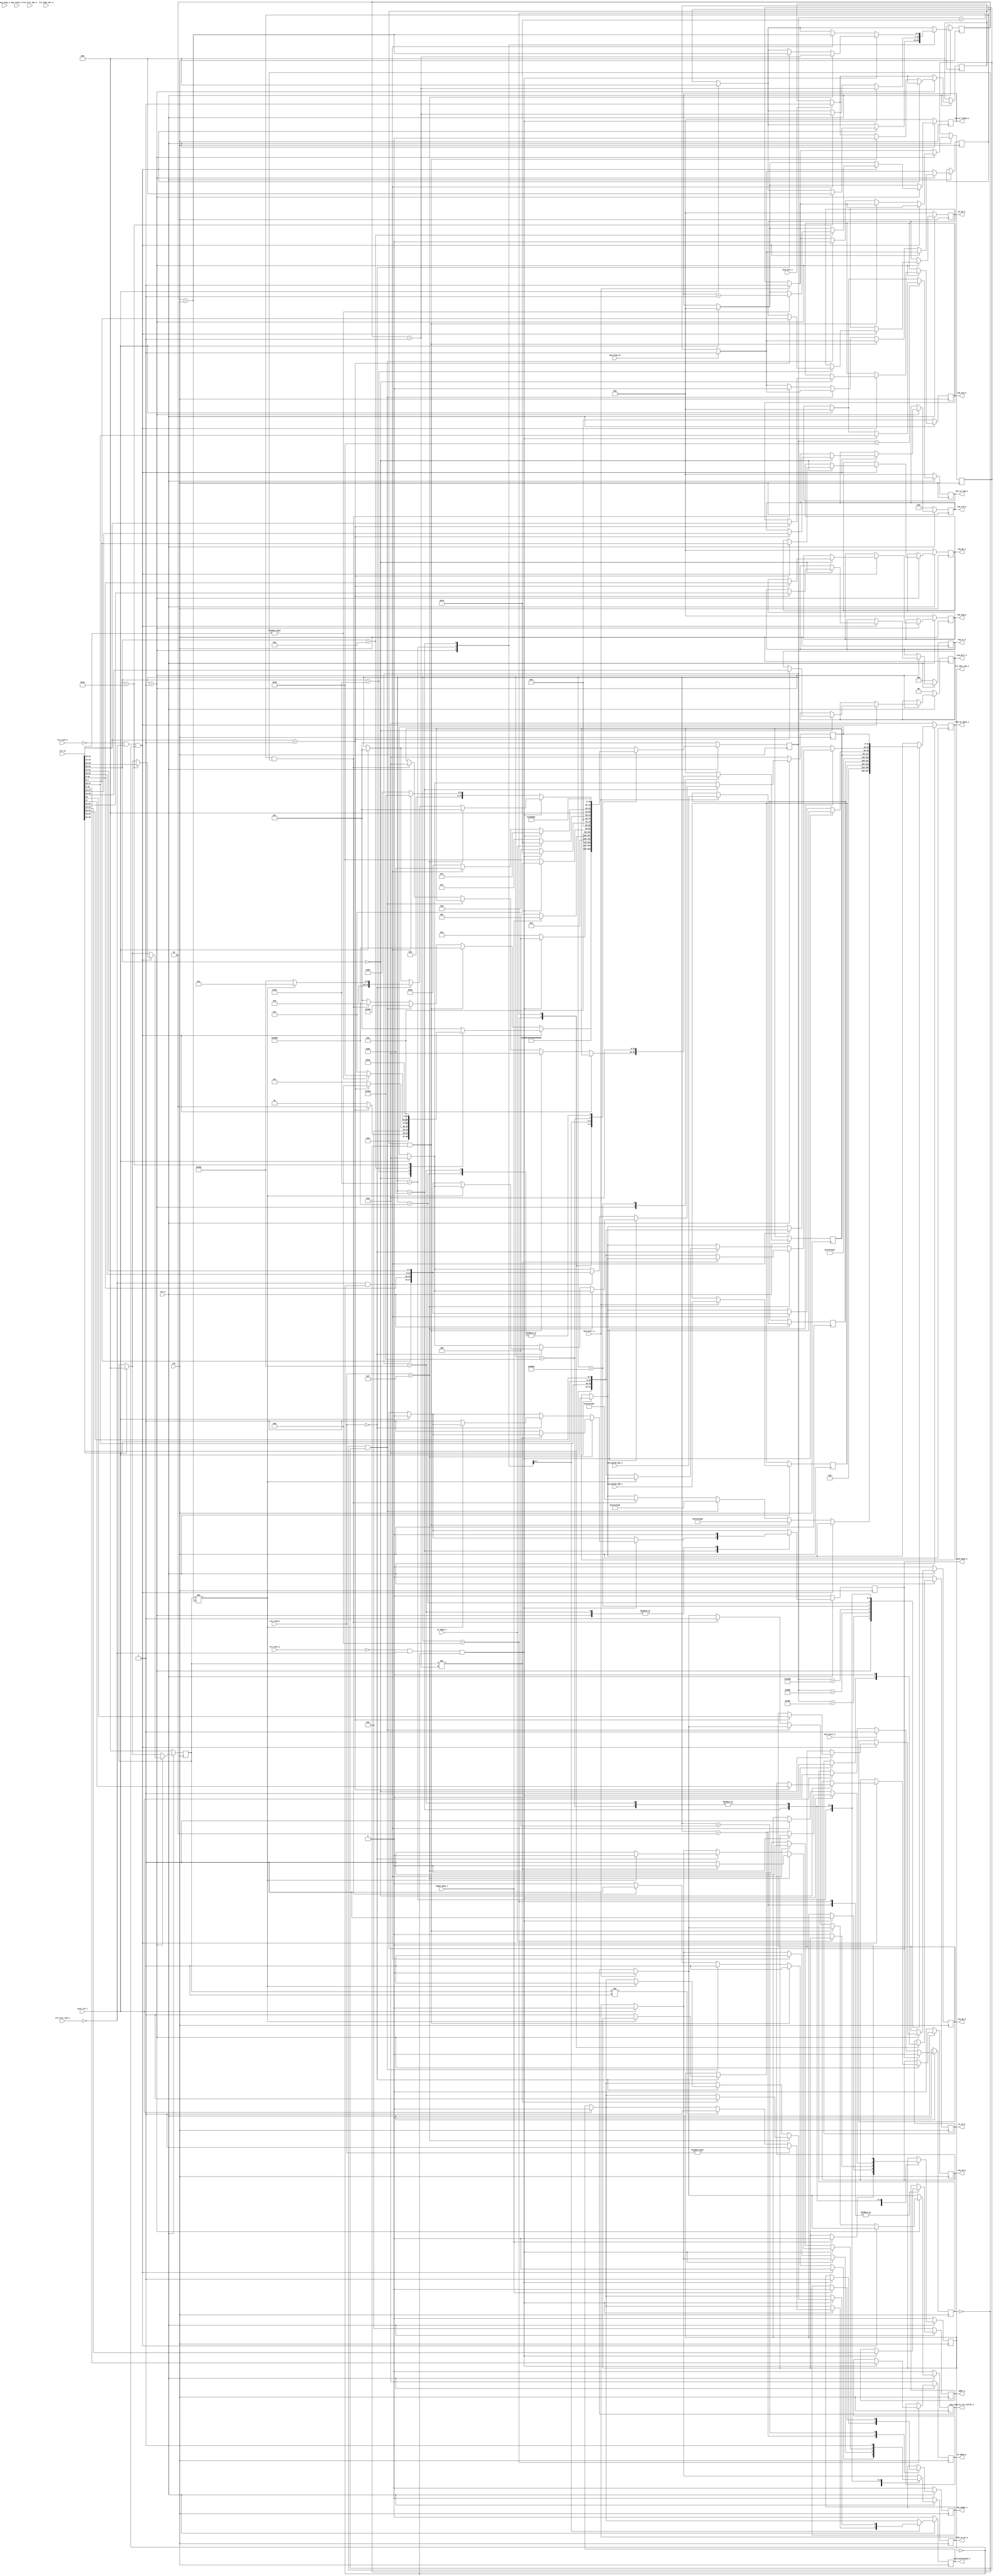
//--------------------------------------------------------------------------------
//--
//-- This file is owned and controlled by Xilinx and must be used solely
//-- for design, simulation, implementation and creation of design files
//-- limited to Xilinx devices or technologies. Use with non-Xilinx
//-- devices or technologies is expressly prohibited and immediately
//-- terminates your license.
//--
//-- Xilinx products are not intended for use in life support
//-- appliances, devices, or systems. Use in such applications is
//-- expressly prohibited.
//--
//--            **************************************
//--            ** Copyright (C) 2005, Xilinx, Inc. **
//--            ** All Rights Reserved.             **
//--            **************************************
//--
//--------------------------------------------------------------------------------
//-- Filename: BMD_64_RX_ENGINE.v
//--
//-- Description: 64 bit Local-Link Receive Unit.
//--
//--------------------------------------------------------------------------------

`timescale 1ns/1ns

`define BMD_64_RX_RST            			15'b000000000000001
`define BMD_64_RX_MEM_RD32_QW1   			15'b000000000000010
`define BMD_64_RX_MEM_RD32_WT    			15'b000000000000100
`define BMD_64_RX_MEM_WR32_QW1   			15'b000000000001000
`define BMD_64_RX_MEM_WR32_WT    			15'b000000000010000
`define BMD_64_RX_CPL_QW1        			15'b000000000100000
`define BMD_64_RX_CPLD_QW1       			15'b000000001000000
`define BMD_64_RX_CPLD_QWN       			15'b000000010000000
`define BMD_64_RX_CPLD_QWN_2ND   			15'b000000100000000
`define BMD_64_RX_CPLD_QWN_LAST  			15'b000001000000000

`define BMD_64_RX_SEND_PET_PROTOCOL_L  	15'b000010000000000
`define BMD_64_RX_SEND_PET_PROTOCOL_DW0   15'b000100000000000
`define BMD_64_RX_SEND_PET_PROTOCOL_DW1  	15'b001000000000000
`define BMD_64_RX_SEND_PET_START			   15'b010000000000000
`define BMD_64_RX_SEND_PET_CMD			   15'b100000000000000
`define BMD_WR_FIFO_STATE_RST 			   15'b100000000000001
`define BMD_64_RX_SEND_PET_LENGTH		   15'b100000000000010

`define BMD_MEM_RD32_FMT_TYPE    7'b00_00000
`define BMD_MEM_WR32_FMT_TYPE    7'b10_00000
`define BMD_CPL_FMT_TYPE         7'b00_01010
`define BMD_CPLD_FMT_TYPE        7'b10_01010

module BMD_RX_ENGINE (

                        clk,
                        rst_n,

                        /*
                         * Initiator reset
                         */

                        init_rst_i,

                        /*
                         * Receive local link interface from PCIe core
                         */
                    
                        trn_rd,  
                        trn_rrem_n,
                        trn_rsof_n,
                        trn_reof_n,
                        trn_rsrc_rdy_n,
                        trn_rsrc_dsc_n,
                        trn_rdst_rdy_n,
                        trn_rbar_hit_n,

                        /*
                         * Memory Read data handshake with Completion 
                         * transmit unit. Transmit unit reponds to 
                         * req_compl assertion and responds with compl_done
                         * assertion when a Completion w/ data is transmitted. 
                         */

                        req_compl_o,
                        compl_done_i,

                        addr_o,                    // Memory Read Address

                        req_tc_o,                  // Memory Read TC
                        req_td_o,                  // Memory Read TD
                        req_ep_o,                  // Memory Read EP
                        req_attr_o,                // Memory Read Attribute
                        req_len_o,                 // Memory Read Length (1DW)
                        req_rid_o,                 // Memory Read Requestor ID
                        req_tag_o,                 // Memory Read Tag
                        req_be_o,                  // Memory Read Byte Enables

                        /* 
                         * Memory interface used to save 1 DW data received 
                         * on Memory Write 32 TLP. Data extracted from
                         * inbound TLP is presented to the Endpoint memory
                         * unit. Endpoint memory unit reacts to wr_en_o
                         * assertion and asserts wr_busy_i when it is 
                         * processing written information.
                         */

                        wr_be_o,                   // Memory Write Byte Enable
                        wr_data_o,                 // Memory Write Data
                        wr_en_o,                   // Memory Write Enable
                        wr_busy_i,                  // Memory Write Busy

                        /*
                         * Completion no Data
                         */

                        cpl_ur_found_o,
                        cpl_ur_tag_o,

                        /*
                         * Completion with Data
                         */
                        
                        cpld_malformed_o,
								cpld_done_o ,
								fifo_wr_data_o ,
								fifo_wr_en_o,

								acq_stop_in,
								acq_stop_to_rst_txfifo_o,
								
                        acq_param_dw0_i,
								acq_param_dw1_i,
								
								acq_start_i,
								acq_init_i,
								acq_stop_i,
								mrd_start_i, 
								mwr_start_i 								

                       );

    input              clk;
    input              rst_n;

    input              init_rst_i;

//fifo
    output [31:0]      fifo_wr_data_o;
    output				  fifo_wr_en_o;	 

    input [63:0]       trn_rd;
    input [7:0]        trn_rrem_n;
    input              trn_rsof_n;
    input              trn_reof_n;
    input              trn_rsrc_rdy_n;
    input              trn_rsrc_dsc_n;
    output             trn_rdst_rdy_n;
    input [6:0]        trn_rbar_hit_n;
 
    output             req_compl_o;
    input              compl_done_i;

    output [10:0]      addr_o;

    output [2:0]       req_tc_o;
    output             req_td_o;
    output             req_ep_o;
    output [1:0]       req_attr_o;
    output [9:0]       req_len_o;
    output [15:0]      req_rid_o;
    output [7:0]       req_tag_o;
    output [7:0]       req_be_o;

    output [7:0]       wr_be_o;
    output [31:0]      wr_data_o;
    output             wr_en_o;
    input              wr_busy_i;

    output [7:0]       cpl_ur_found_o;
    output [7:0]       cpl_ur_tag_o;

    output             cpld_malformed_o;
	 output             cpld_done_o;
	 
    input [31:0]       acq_param_dw0_i;
    input [31:0]       acq_param_dw1_i;	 
	
	 input					acq_start_i;	
	 input					acq_init_i;
	 input					acq_stop_i; 
	 input					mwr_start_i;
	 input					mrd_start_i; 	
	 
	 input					acq_stop_in;
	 output					acq_stop_to_rst_txfifo_o; 	 
    // Local wire

//    wire   [31:0]      cpld_data_i_sw = {cpld_data_i[07:00],
//                                         cpld_data_i[15:08],
//                                         cpld_data_i[23:16],
//                                         cpld_data_i[31:24]};

    // Local Registers
    reg                fifo_wr_en_o;
    reg [31:0]         fifo_wr_data_o;
    reg [31:0]         fifo_wr_data_low;
    reg                fifo_wr_en_a;
    reg [31:0]         fifo_wr_data_a;	 
    reg                fifo_busy;
	 
    reg [14:0]         bmd_64_rx_state;
	 
    reg [14:0]         wr_fifo_state;
	 
    reg                trn_rdst_rdy_n;
    reg                req_compl_o;

    reg [2:0]          req_tc_o;
    reg                req_td_o;
    reg                req_ep_o;
    reg [1:0]          req_attr_o;
    reg [9:0]          req_len_o;
    reg [15:0]         req_rid_o;
    reg [7:0]          req_tag_o;
    reg [7:0]          req_be_o;

    reg [10:0]         addr_o;
    reg [7:0]          wr_be_o;
    reg [31:0]         wr_data_o;
    reg                wr_en_o;

    reg [7:0]          cpl_ur_found_o;
    reg [7:0]          cpl_ur_tag_o;

    reg                cpld_malformed_o;

//    reg [9:0]          cpld_real_size;
    reg           	  cpld_done_o;
    reg [6:0]          cpld_real_size;
    reg [6:0]          cpld_tlp_size;
	 
	 reg [31:0]         cmd_length; 
    reg [31:0]         acq_param_dw0; 
    reg [31:0]         acq_param_dw1; 
	 
    reg                mwr_start;
    reg                mrd_start;	 
	 reg 		           acq_stop;
    reg           	  acq_init;	 
    reg                acq_start;
	 
    reg                wr_cmd_length;
	 reg 		           wr_cmd_done;
    reg [3:0]       	  cmd_step;	
	 
	 reg 		           acq_stop_to_rst_txfifo_o;	 
	 
    always @ ( posedge clk ) begin
              
        if (!rst_n ) begin

          bmd_64_rx_state   <= `BMD_64_RX_RST;

          trn_rdst_rdy_n <= 1'b0;

          req_compl_o    <= 1'b0;

          req_tc_o       <= 2'b0;
          req_td_o       <= 1'b0;
          req_ep_o       <= 1'b0;
          req_attr_o     <= 2'b0;
          req_len_o      <= 10'b0;
          req_rid_o      <= 16'b0;
          req_tag_o      <= 8'b0;
          req_be_o       <= 8'b0;
          addr_o         <= 11'b0;

          wr_be_o        <= 8'b0;
          wr_data_o      <= 31'b0;
          wr_en_o        <= 1'b0;
          
		 
          cpl_ur_found_o   <= 8'b0;
          cpl_ur_tag_o     <= 8'b0;

          cpld_malformed_o <= 1'b0;
		    cpld_done_o      <= 1'b0;
          cpld_real_size   <= 7'b0;
          cpld_tlp_size    <= 7'b0;

			 fifo_busy		   <= 1'b0;
			 fifo_wr_en_o		<= 1'b0;
			 fifo_wr_data_o  <= 32'b0;
			 fifo_wr_data_low <= 32'b0;
			 		 
			 wr_cmd_length		<= 1'b0;
			 cmd_step 		   <= 4'b0;
			 wr_cmd_done		<= 1'b0;	
			 mrd_start <= 1'b0;
			 acq_stop_to_rst_txfifo_o<=1'b0;	

        end else begin

        if (init_rst_i) begin

          bmd_64_rx_state  <= `BMD_64_RX_RST;

          cpl_ur_found_o   <= 8'b0;
          cpl_ur_tag_o     <= 8'b0;
   
          cpld_malformed_o <= 1'b0;
		    cpld_done_o      <= 1'b0;
          cpld_real_size   <= 7'b0;
          cpld_tlp_size    <= 7'b0;
			 
			 fifo_busy		   <= 1'b0;
			 fifo_wr_en_o		<= 1'b0;
			 fifo_wr_data_o  <= 32'b0;
			 fifo_wr_data_low <= 32'b0;
			 	 
			 wr_cmd_length		<= 1'b0;
			 cmd_step 		   <= 4'b0;
			 wr_cmd_done		<= 1'b0;	
			 mrd_start 			<= 1'b0;

         end
		  	if (acq_start_i) begin
				acq_param_dw0<=acq_param_dw0_i;
				acq_param_dw1<=acq_param_dw1_i;
				acq_start <= 1'b1;
				acq_stop_to_rst_txfifo_o<=1'b0;
			end
		  	if (mrd_start_i) begin
				mrd_start <= 1'b1;		
			end		
			if (cpld_done_o)
				mrd_start <= 1'b0;
			
		   if (acq_stop_in) 
				acq_stop <= 1'b1;
		   if (acq_init_i) 
				acq_init <= 1'b1;	
															
         case (bmd_64_rx_state)

           `BMD_64_RX_RST : begin
//				 wr_en_o        <= 1'b0;
				 fifo_wr_en_o		<= 1'b0;	
				 cpld_done_o      <= 1'b0;	
				 fifo_busy	      <= 1'b0;					 
             if ((!trn_rsof_n) && 
                 (!trn_rsrc_rdy_n) && 
                 (!trn_rdst_rdy_n)) begin
            
               case (trn_rd[62:56]) 

                 `BMD_MEM_RD32_FMT_TYPE : begin

                   if (trn_rd[41:32] == 10'b1) begin
    
                     req_tc_o     <= trn_rd[54:52];  
                     req_td_o     <= trn_rd[47];
                     req_ep_o     <= trn_rd[46]; 
                     req_attr_o   <= trn_rd[45:44]; 
                     req_len_o    <= trn_rd[41:32]; 
                     req_rid_o    <= trn_rd[31:16]; 
                     req_tag_o    <= trn_rd[15:08]; 
                     req_be_o     <= trn_rd[07:00];

                     bmd_64_rx_state <= `BMD_64_RX_MEM_RD32_QW1;
    
                   end else
                     bmd_64_rx_state <= `BMD_64_RX_RST;

                 end
             
                 `BMD_MEM_WR32_FMT_TYPE : begin
    
                   if (trn_rd[41:32] == 10'b1) begin
    
                     wr_be_o      <= trn_rd[07:00];
//							wr_data_size <= trn_rd[41:32];	//bytes
                     bmd_64_rx_state <= `BMD_64_RX_MEM_WR32_QW1;
                    
                   end else
                     bmd_64_rx_state <= `BMD_64_RX_RST;
    
                 end
    
                 `BMD_CPL_FMT_TYPE : begin
    
                   if (trn_rd[15:12] != 3'b000) begin
    
                     cpl_ur_found_o <= cpl_ur_found_o + 1'b1;
                     bmd_64_rx_state   <= `BMD_64_RX_CPL_QW1;
    
                   end else
                     bmd_64_rx_state   <= `BMD_64_RX_RST;
    
                 end
    
                 `BMD_CPLD_FMT_TYPE : begin
                   
                   cpld_tlp_size    <= trn_rd[38:32];
                   cpld_real_size   <= 7'b0;
                   bmd_64_rx_state  <= `BMD_64_RX_CPLD_QW1;
                   
                 end
                 
                 default : begin
    
                   bmd_64_rx_state   <= `BMD_64_RX_RST;
    
                 end
              
               endcase
				 end else if (acq_init && !mrd_start) begin
						fifo_wr_en_o<=1'b1;
						fifo_wr_data_o<=32'h7e_7e_7e_00;//PET_INIT;
						cmd_length<= 32'b0;
						acq_init<= 1'b0;						
						bmd_64_rx_state   <= `BMD_64_RX_SEND_PET_CMD;
					 end else if (acq_start && !mrd_start) begin
						fifo_wr_en_o<=1'b1;						
						fifo_wr_data_o<=32'h7e_7e_7e_20;//PET_PROTOCOL;						
						bmd_64_rx_state   <= `BMD_64_RX_SEND_PET_PROTOCOL_L;
						acq_start<= 1'b0;	
//						fifo_wr_data_o<=32'h7e_7e_7e_01;//PET_START;
//						cmd_length<= 32'h0;		//2DW		
//						acq_start<= 1'b0;	
//						bmd_64_rx_state   <= `BMD_64_RX_SEND_PET_CMD;							
					 end else if (acq_stop && !mrd_start) begin
						fifo_wr_en_o<=1'b1;
						fifo_wr_data_o<=32'h7e_7e_7e_02;//PET_STOP;
						cmd_length<= 32'b0;
						acq_stop_to_rst_txfifo_o<=1'b1;
						acq_stop<= 1'b0;							
						bmd_64_rx_state   <= `BMD_64_RX_SEND_PET_CMD;
				 end else
               bmd_64_rx_state   <= `BMD_64_RX_RST;

           end
           `BMD_64_RX_SEND_PET_PROTOCOL_L : begin
					fifo_wr_data_o<=32'h8;	//2DWs,8Bytes
               bmd_64_rx_state   <= `BMD_64_RX_SEND_PET_PROTOCOL_DW0;
           end			  
           `BMD_64_RX_SEND_PET_PROTOCOL_DW0 : begin
					fifo_wr_data_o<=acq_param_dw0;
               bmd_64_rx_state   <= `BMD_64_RX_SEND_PET_PROTOCOL_DW1;
           end			
           `BMD_64_RX_SEND_PET_PROTOCOL_DW1 : begin
					fifo_wr_data_o<=acq_param_dw1;
               bmd_64_rx_state   <= `BMD_64_RX_SEND_PET_START;
           end		
           `BMD_64_RX_SEND_PET_START : begin
					fifo_wr_data_o<=32'h7e_7e_7e_01;//PET_START;
					cmd_length<= 32'h0;
               bmd_64_rx_state   <= `BMD_64_RX_SEND_PET_CMD;
           end				  
           `BMD_64_RX_SEND_PET_CMD : begin
					fifo_wr_data_o<=cmd_length;					
               bmd_64_rx_state   <= `BMD_64_RX_RST;
           end
          `BMD_64_RX_MEM_RD32_QW1 : begin

             if ((!trn_reof_n) && 
                 (!trn_rsrc_rdy_n) && 
                 (!trn_rdst_rdy_n)) begin

               addr_o            <= trn_rd[44:34];
               req_compl_o       <= 1'b1;
               trn_rdst_rdy_n    <= 1'b1;
               bmd_64_rx_state   <= `BMD_64_RX_MEM_RD32_WT;

             end else
               bmd_64_rx_state   <= `BMD_64_RX_MEM_RD32_QW1;

           end

           `BMD_64_RX_MEM_RD32_WT: begin

             if (compl_done_i) begin
					trn_rdst_rdy_n    <= 1'b0;
					req_compl_o       <= 1'b0;
               bmd_64_rx_state   <= `BMD_64_RX_RST;
             end else
               bmd_64_rx_state   <= `BMD_64_RX_MEM_RD32_WT;
				end
           `BMD_64_RX_CPL_QW1 : begin

             if ((!trn_reof_n) && 
                 (!trn_rsrc_rdy_n) && 
                 (!trn_rdst_rdy_n)) begin

               cpl_ur_tag_o     <= trn_rd[47:40];
               bmd_64_rx_state  <= `BMD_64_RX_RST;

             end else
               bmd_64_rx_state  <= `BMD_64_RX_CPL_QW1;

           end
			  `BMD_64_RX_MEM_WR32_QW1 : begin

             if ((!trn_reof_n) && 
                 (!trn_rsrc_rdy_n) && 
                 (!trn_rdst_rdy_n)) begin

               addr_o           <= trn_rd[44:34];
               wr_data_o        <= trn_rd[31:00];
               wr_en_o          <= 1'b1;
               trn_rdst_rdy_n   <= 1'b1;
               bmd_64_rx_state  <= `BMD_64_RX_MEM_WR32_WT;

             end else
               bmd_64_rx_state  <= `BMD_64_RX_MEM_WR32_QW1;

           end

           `BMD_64_RX_MEM_WR32_WT: begin
             wr_en_o          <= 1'b0;
             if (!wr_busy_i) begin
				   trn_rdst_rdy_n   <= 1'b0;
               bmd_64_rx_state  <= `BMD_64_RX_RST;
             end else
               bmd_64_rx_state  <= `BMD_64_RX_MEM_WR32_WT;
			  	end		  
           `BMD_64_RX_CPLD_QW1 : begin
             if ((!trn_reof_n) && 
                 (!trn_rsrc_rdy_n) && 
                 (!trn_rdst_rdy_n)) begin

               cpld_real_size  <= cpld_real_size  + 1'b1;

               if (cpld_tlp_size != 1'b1)
                 cpld_malformed_o <= 1'b1;
               if (trn_rrem_n != 8'h00)
                 cpld_malformed_o <= 1'b1;

               bmd_64_rx_state  <= `BMD_64_RX_RST;

             end else if ((!trn_rsrc_rdy_n) && 
                          (!trn_rdst_rdy_n)) begin

               cpld_real_size   <= cpld_real_size  + 1'b1;
					fifo_wr_data_o<={trn_rd[07:00],trn_rd[15:08],trn_rd[23:16],trn_rd[31:24]};
					fifo_wr_en_o<=1'b1;
					fifo_busy	      <= 1'b1;	
               bmd_64_rx_state  <= `BMD_64_RX_CPLD_QWN;

             end else
               bmd_64_rx_state   <= `BMD_64_RX_CPLD_QW1;
           end
   
			  `BMD_64_RX_CPLD_QWN : begin

             if ((!trn_reof_n) && 
                 (!trn_rsrc_rdy_n) && 
                 (!trn_rdst_rdy_n)) begin
               if (trn_rrem_n == 8'h0F) begin
                 cpld_real_size   <= cpld_real_size  + 1'h1;
                 if (cpld_tlp_size  != cpld_real_size  + 1'h1) begin
                   cpld_malformed_o <= 1'b1;
						 fifo_wr_en_o<=1'b0;
						 bmd_64_rx_state  <= `BMD_64_RX_RST;
					  end else begin
						  fifo_wr_data_o<={trn_rd[39:32],trn_rd[47:40],trn_rd[55:48],trn_rd[63:56]};
						  fifo_wr_en_o<=1'b1;
						  cpld_done_o<=1'b1;
						  bmd_64_rx_state  <= `BMD_64_RX_RST;
					  end 
               end else if (trn_rrem_n == 8'h00) begin
                 cpld_real_size   <= cpld_real_size  + 2'h2;
                 if (cpld_tlp_size  != cpld_real_size  + 2'h2) begin
						 bmd_64_rx_state  <= `BMD_64_RX_RST;
                   cpld_malformed_o <= 1'b1;
						 fifo_wr_en_o<=1'b0;
					  end else begin
						  fifo_wr_data_o<={trn_rd[39:32],trn_rd[47:40],trn_rd[55:48],trn_rd[63:56]};
						  fifo_wr_data_low<= {trn_rd[07:00],trn_rd[15:08],trn_rd[23:16],trn_rd[31:24]};
						  fifo_wr_en_o<=1'b1;
						  cpld_done_o<=1'b1;
						  trn_rdst_rdy_n <= 1'b1;
						  bmd_64_rx_state  <= `BMD_64_RX_CPLD_QWN_LAST;
					  end 
               end 
             end else if ((!trn_rsrc_rdy_n) && 
                          (!trn_rdst_rdy_n)) begin
					fifo_wr_data_o<={trn_rd[39:32],trn_rd[47:40],trn_rd[55:48],trn_rd[63:56]};
					fifo_wr_data_low<={trn_rd[07:00],trn_rd[15:08],trn_rd[23:16],trn_rd[31:24]};
					fifo_wr_en_o<=1'b1;
					trn_rdst_rdy_n <= 1'b1;
               cpld_real_size   <= cpld_real_size  + 2'h2;
               bmd_64_rx_state  <= `BMD_64_RX_CPLD_QWN_2ND;

             end else begin
					fifo_wr_en_o<=1'b0;
               bmd_64_rx_state   <= `BMD_64_RX_CPLD_QWN;
				 end 
           end
			`BMD_64_RX_CPLD_QWN_2ND : begin
				fifo_wr_en_o<=1'b1;
				fifo_wr_data_o<=fifo_wr_data_low;
				bmd_64_rx_state  <= `BMD_64_RX_CPLD_QWN;					
				trn_rdst_rdy_n <= 1'b0;
			end
			`BMD_64_RX_CPLD_QWN_LAST : begin
				bmd_64_rx_state  <= `BMD_64_RX_RST;					
				trn_rdst_rdy_n <= 1'b0;
				fifo_wr_en_o<=1'b1;
				fifo_wr_data_o<=fifo_wr_data_low;
				cpld_done_o<=1'b0;
			end
			
         endcase

      end   

    end  


//    always @ ( posedge clk ) begin
//              
//      if (!rst_n ) begin
//
//			 fifo_wr_en_o		<= 1'b0;
//			 acq_init		   <= 1'b0;
//			 mrd_start 		   <= 1'b0;
//			 mwr_start 		   <= 1'b0;	
//			 acq_start			<= 1'b0;			 
//			 acq_stop		   <= 1'b0;			 
//			 acq_param_dw0 	<= 32'b0;
//			 acq_param_dw1 	<= 32'b0;
//			 fifo_wr_en_o		<= 1'b0;
//			 fifo_wr_data_o  <= 32'b0;
//			 wr_fifo_state   <= `BMD_WR_FIFO_STATE_RST;
//      end else begin
//        if (init_rst_i) begin
//			 fifo_wr_en_o		<= 1'b0;
//			 acq_init		   <= 1'b0;
//			 mrd_start 		   <= 1'b0;
//			 mwr_start 		   <= 1'b0;	
//			 acq_stop		   <= 1'b0;		
//			 acq_start			<= 1'b0;	 
//			 acq_param_dw0 	<= 32'b0;
//			 acq_param_dw1 	<= 32'b0;
//			 fifo_wr_en_o		<= 1'b0;
//			 fifo_wr_data_o  <= 32'b0;
//			 wr_fifo_state   <= `BMD_WR_FIFO_STATE_RST;
//        end else begin
//		  	if (acq_start_i) begin
//				acq_param_dw0<=acq_param_dw0_i;
//				acq_param_dw1<=acq_param_dw1_i;
//				acq_start <= 1'b1;		
//			end
//		  	if (mrd_start_i) begin
//				mrd_start <= 1'b1;		
//			end			
//		   if (acq_stop_i) 
//				acq_stop <= 1'b1;
//		   if (acq_init_i) 
//				acq_init <= 1'b1;	
//		   if (acq_stop_in) begin
//				acq_stop<= 1'b1;	
//				mwr_start<= 1'b0;	
//				mrd_start<= 1'b0;	
//				acq_start<= 1'b0;
//			end
//		   if (cpld_done_o) 
//				mrd_start <= 1'b0;				
//		  
//          case (wr_fifo_state) 
//				
//            `BMD_WR_FIFO_STATE_RST : begin
//					if (acq_init && !mrd_start && !fifo_busy) begin
//						fifo_wr_en_o<=1'b1;
//						fifo_wr_data_o<=32'h7e_7e_7e_00;//PET_INIT;
//						cmd_length<= 32'b0;	
//						acq_init<= 1'b0;
//						acq_stop<= 1'b0;	
//						mwr_start<= 1'b0;	
//						mrd_start<= 1'b0;	
//						acq_start<= 1'b0;
//						wr_fifo_state   <= `BMD_64_RX_SEND_PET_CMD;
////					 end else if (acq_start && !mrd_start && !fifo_busy ) begin
////						fifo_wr_en_o<=1'b1;
////						fifo_wr_data_o<=32'h7e_7e_7e_01;//PET_START;	
////						cmd_length<= 32'h0;	
////						acq_start<= 1'b0;	
////						wr_fifo_state   <= `BMD_64_RX_SEND_PET_CMD;
//					 end else if (acq_start && !mrd_start && !fifo_busy ) begin
//						fifo_wr_en_o<=1'b1;
//						fifo_wr_data_o<=32'h7e_7e_7e_20;//PET_PROTOCOL;	
////						cmd_length<= 32'h0;	
//						acq_start<= 1'b0;	
//						wr_fifo_state   <= `BMD_64_RX_SEND_PET_PROTOCOL_L;
//
//					 end else if (acq_stop && !mrd_start && !fifo_busy) begin
//						fifo_wr_en_o<=1'b1;
//						fifo_wr_data_o<=32'h7e_7e_7e_02;//PET_STOP;
//						cmd_length<= 32'b0;	
//						acq_stop<= 1'b0;	
//						mwr_start<= 1'b0;	
//						mrd_start<= 1'b0;	
//						acq_start<= 1'b0;
//						wr_fifo_state   <= `BMD_64_RX_SEND_PET_CMD;
//					end else begin
//						fifo_wr_en_o<=fifo_wr_en_a;
//						fifo_wr_data_o<=fifo_wr_data_a;
//					end
//            end
//          `BMD_64_RX_SEND_PET_PROTOCOL_L : begin
//					if (!fifo_busy) begin
//						fifo_wr_en_o  <= 1'b1;
//						fifo_wr_data_o<=32'h8;	//cmd_length   2DW;					
//						wr_fifo_state   <= `BMD_64_RX_SEND_PET_PROTOCOL_DW0;
//					end else begin
//						fifo_wr_en_o  <= fifo_wr_en_a;
//						fifo_wr_data_o<=fifo_wr_data_a;					
//						wr_fifo_state   <= `BMD_64_RX_SEND_PET_PROTOCOL_L;
//					end
//			   end			  
//           `BMD_64_RX_SEND_PET_PROTOCOL_DW0 : begin
//					if (!fifo_busy) begin
//						fifo_wr_en_o  <= 1'b1;
//						fifo_wr_data_o<=acq_param_dw0;					
//						wr_fifo_state   <= `BMD_64_RX_SEND_PET_PROTOCOL_DW1;
//					end else begin
//						fifo_wr_en_o  <= fifo_wr_en_a;
//						fifo_wr_data_o<=fifo_wr_data_a;					
//						wr_fifo_state   <= `BMD_64_RX_SEND_PET_PROTOCOL_DW0;
//					end
//           end			
//           `BMD_64_RX_SEND_PET_PROTOCOL_DW1 : begin
//					if (!fifo_busy) begin
//						fifo_wr_en_o  <= 1'b1;
//						fifo_wr_data_o<=acq_param_dw1;					
//						wr_fifo_state   <= `BMD_64_RX_SEND_PET_START;
//					end else begin
//						fifo_wr_en_o  <= fifo_wr_en_a;
//						fifo_wr_data_o<=fifo_wr_data_a;					
//						wr_fifo_state   <= `BMD_64_RX_SEND_PET_PROTOCOL_DW1;
//					end
//           end		
//           `BMD_64_RX_SEND_PET_START : begin
//					if (!fifo_busy) begin
//						fifo_wr_en_o  <= 1'b1;
//						fifo_wr_data_o<=32'h7e_7e_7e_01;//PET_START;	
//						cmd_length<= 32'h0;
//						wr_fifo_state   <= `BMD_64_RX_SEND_PET_CMD;
//					end else begin
//						fifo_wr_en_o  <= fifo_wr_en_a;
//						fifo_wr_data_o<=fifo_wr_data_a;					
//						wr_fifo_state   <= `BMD_64_RX_SEND_PET_START;
//					end
//           end				  
//           `BMD_64_RX_SEND_PET_CMD : begin
//					if (!fifo_busy) begin
//						fifo_wr_en_o  <= 1'b1;
//						fifo_wr_data_o<=cmd_length;					
//						wr_fifo_state   <= `BMD_64_RX_SEND_PET_LENGTH;
//					end else begin
//						fifo_wr_en_o  <= fifo_wr_en_a;
//						fifo_wr_data_o<=fifo_wr_data_a;					
//						wr_fifo_state   <= `BMD_64_RX_SEND_PET_CMD;
//					end
//           end
//			  `BMD_64_RX_SEND_PET_LENGTH : begin
//					if (!fifo_busy) begin
//						fifo_wr_en_o  <= 1'b0;				
//						wr_fifo_state   <= `BMD_WR_FIFO_STATE_RST;
//					end else begin
//						fifo_wr_en_o  <= fifo_wr_en_a;
//						fifo_wr_data_o<=fifo_wr_data_a;					
//						wr_fifo_state   <= `BMD_WR_FIFO_STATE_RST;
//					end
//           end
//          endcase
//
//        end
//
//      end
//	end
//


	 
//           `BMD_64_RX_CPLD_QW1 : begin
// 				bmd_64_rx_state_q <= bmd_64_rx_state;
//             trn_rd_q          <= trn_rd;
//             trn_rrem_n_q      <= trn_rrem_n;
//             trn_reof_n_q      <= trn_reof_n;
//             trn_rsrc_rdy_n_q  <= trn_rsrc_rdy_n;
//
//             if ((!trn_reof_n) && 
//                 (!trn_rsrc_rdy_n) && 
//                 (!trn_rdst_rdy_n)) begin
//
//               cpld_real_size  <= cpld_real_size  + 1'b1;
//
//               if (cpld_tlp_size != 1'b1)
//                 cpld_malformed_o <= 1'b1;
//               if (trn_rrem_n != 8'h00)
//                 cpld_malformed_o <= 1'b1;
//
//               bmd_64_rx_state  <= `BMD_64_RX_RST;
//
//             end else if ((!trn_rsrc_rdy_n) && 
//                          (!trn_rdst_rdy_n)) begin
//
//               cpld_real_size   <= cpld_real_size  + 1'b1;
//               bmd_64_rx_state  <= `BMD_64_RX_CPLD_QWN;
//
//             end else
//               bmd_64_rx_state   <= `BMD_64_RX_CPLD_QW1;
//
//           end

//           `BMD_64_RX_CPLD_QWN : begin
//
//             bmd_64_rx_state_q <= bmd_64_rx_state;
//             trn_rd_q          <= trn_rd;
//             trn_rrem_n_q      <= trn_rrem_n;
//             trn_reof_n_q      <= trn_reof_n;
//             trn_rsrc_rdy_n_q  <= trn_rsrc_rdy_n;
//
//             if ((!trn_reof_n) && 
//                 (!trn_rsrc_rdy_n) && 
//                 (!trn_rdst_rdy_n)) begin
//
//               if (trn_rrem_n == 8'h0F) begin
//
//                 cpld_real_size   <= cpld_real_size  + 1'h1;
//                 if (cpld_tlp_size  != cpld_real_size  + 1'h1)
//                   cpld_malformed_o <= 1'b1;
//
//               end else begin
//
//                 cpld_real_size   <= cpld_real_size  + 2'h2;
//                 if (cpld_tlp_size  != cpld_real_size  + 2'h2)
//                   cpld_malformed_o <= 1'b1;
//
//               end 
//               bmd_64_rx_state  <= `BMD_64_RX_CPLD_QWN_last;
//					trn_rdst_rdy_n <= 1'b1;
////					bmd_64_rx_state  <= `BMD_64_RX_RST;
//					
//
//             end else if ((!trn_rsrc_rdy_n) && 
//                          (!trn_rdst_rdy_n)) begin
//
//               cpld_real_size   <= cpld_real_size  + 2'h2;
//               bmd_64_rx_state  <= `BMD_64_RX_CPLD_QWN_2nd;
//					
//					trn_rdst_rdy_n <= 1'b1;
//             end else
//               bmd_64_rx_state   <= `BMD_64_RX_CPLD_QWN;
//
//           end
//			`BMD_64_RX_CPLD_QWN_2nd : begin
//				bmd_64_rx_state  <= `BMD_64_RX_CPLD_QWN;					
//				trn_rdst_rdy_n <= 1'b0;
//			end
//			`BMD_64_RX_CPLD_QWN_last : begin
//				bmd_64_rx_state  <= `BMD_64_RX_RST;					
//				trn_rdst_rdy_n <= 1'b0;
//			end
//			
//         endcase
//
//      end   
//
//    end       

//    always @ ( posedge clk ) begin
//              
//      if (!rst_n ) begin
//
//			 fifo_wr_en_o		<= 1'b0;
//			 fifo_wr_data_o  <= 32'b0;
//			 fifo_wr_data_low <= 32'b0;
//      end else begin
//
//        if (init_rst_i) begin
//			 fifo_wr_en_o		<= 1'b0;
//			 fifo_wr_data_o  <= 32'b0;
//			 fifo_wr_data_low <= 32'b0;
//        end else begin
//			 fifo_wr_en_o		<= 1'b0;
//          case (bmd_64_rx_state_q)
//
//            `BMD_64_RX_MEM_WR32_QW1 : begin
////
////              if (cpld_data_err_o == 1'b0)
////                if (trn_rd_q[31:00] != cpld_data_i_sw)
////                  cpld_data_err_o <= 1'b1;
////												
//					if (trn_rd_q[63:34] == 30'h0000000a) begin
//						fifo_wr_data_o<=trn_rd_q[31:00];
//						fifo_wr_en_o<=1'b1;
//					end else
//						fifo_wr_en_o<=1'b0;
//            end
//
//            `BMD_64_RX_MEM_WR32_QWN : begin
//
//              if (!trn_reof_n_q) begin
//  
//                if (trn_rrem_n_q == 8'h0F) begin
//  
////                  if (cpld_data_err_o == 1'b0)
////                    if (trn_rd_q[63:32] != cpld_data_i_sw)
////                      cpld_data_err_o <= 1'b1;
//							 
//						fifo_wr_data_o<=trn_rd_q[63:32];
//						fifo_wr_en_o<=1'b1;
//	 
//							 
//                 
//                end else if (trn_rrem_n_q == 8'h00) begin
//  
////                   if (cpld_data_err_o == 1'b0)
////                     if (trn_rd_q != {cpld_data_i_sw, cpld_data_i_sw})
////                       cpld_data_err_o <= 1'b1;
//						
//						fifo_wr_data_o<=trn_rd_q[63:32];
//						fifo_wr_data_low<= trn_rd_q[31:0];
//						fifo_wr_en_o<=1'b1;
//  
//  
//  
//                end else  // Invalid remainder
////                   cpld_data_err_o <= 1'b1;
//						 fifo_wr_en_o<=1'b0;
//              end else begin
////  
////                if (cpld_data_err_o == 1'b0)
////                  if (trn_rd_q != {cpld_data_i_sw, cpld_data_i_sw})
////                    cpld_data_err_o <= 1'b1;
//						fifo_wr_data_o<=trn_rd_q[63:32];
//						fifo_wr_data_low<= trn_rd_q[31:0];
//						fifo_wr_en_o<=1'b1;
//              end
//
//            end
//				`BMD_64_RX_MEM_WR32_QWN_2nd : begin
//
//					fifo_wr_en_o<=1'b1;
//					fifo_wr_data_o<=fifo_wr_data_low;
//				end	
//				
//				`BMD_64_RX_MEM_WR32_QWN_last : begin
//					if (trn_rrem_n_q == 8'h00) begin
//						fifo_wr_en_o<=1'b1;
//						fifo_wr_data_o<=fifo_wr_data_low;
//					end else
//						fifo_wr_en_o<=1'b0;
//					
//				end 
//          endcase
//
//        end
//
//      end
//
//    end


endmodule // BMD_64_RX_ENGINE